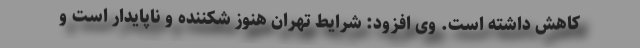
کاهش داشته است. وی افزود: شرایط تهران هنوز شکننده و ناپایدار است و